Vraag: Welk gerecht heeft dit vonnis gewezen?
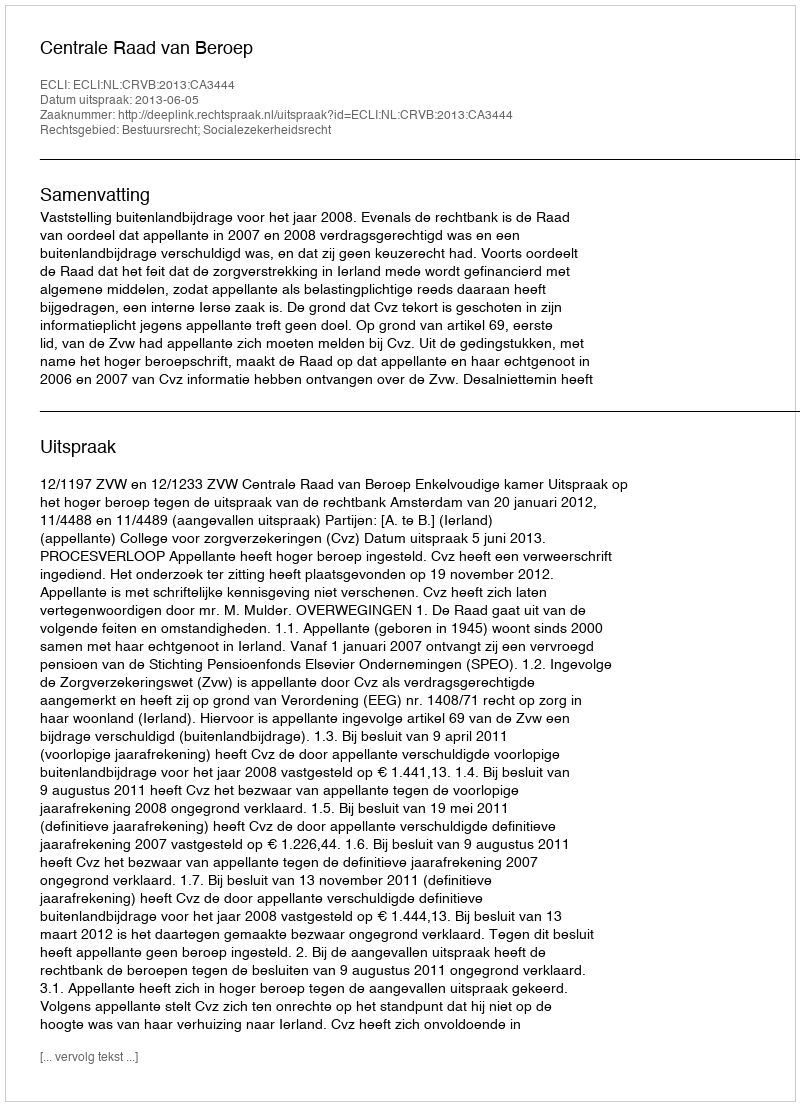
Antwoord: Centrale Raad van Beroep